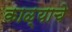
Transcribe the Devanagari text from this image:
काळ्याचे